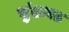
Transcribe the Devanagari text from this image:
चुंदावट